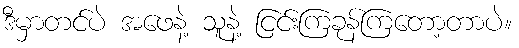
ဒီမှာတင်ပဲ အဖေနဲ့ သူနဲ့ ငြင်းကြခုန်ကြတော့တာပဲ။